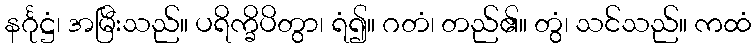
နင်္ဂုဋ္ဌံ၊ အမြီးသည်။ ပရိက္ခိပိတွာ၊ ရံ၍။ ဂတံ၊ တည်၏။ တွံ၊ သင်သည်။ ကထံ